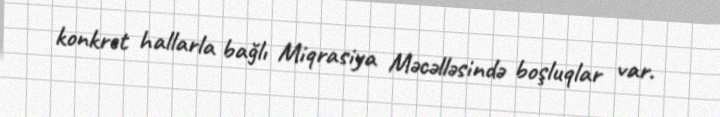
konkret hallarla bağlı Miqrasiya Məcəlləsində boşluqlar var.